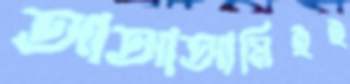
আআআমিইই